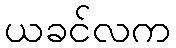
ယခင်လက